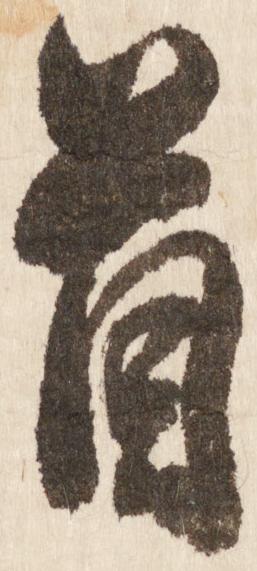
首